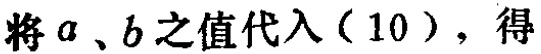
将 \(a\)、\(b\) 之值代入（10），得